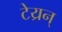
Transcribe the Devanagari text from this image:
टेय्रन्